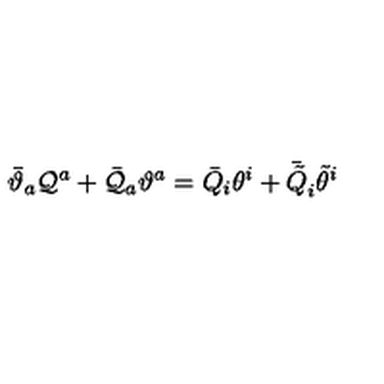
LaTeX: \bar { \vartheta } _ { a } { \cal Q } ^ { a } + \bar { { \cal Q } } _ { a } \vartheta ^ { a } = \bar { Q } _ { i } \theta ^ { i } + \bar { \tilde { Q } } _ { i } \tilde { \theta } ^ { i }